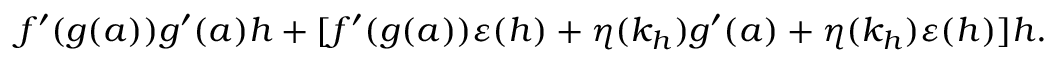
f ^ { \prime } ( g ( a ) ) g ^ { \prime } ( a ) h + [ f ^ { \prime } ( g ( a ) ) \varepsilon ( h ) + \eta ( k _ { h } ) g ^ { \prime } ( a ) + \eta ( k _ { h } ) \varepsilon ( h ) ] h .